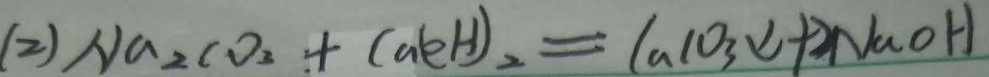
( 2 ) N a _ { 2 } C O _ { 3 } + C a ( O H ) _ { 2 } = C a C O _ { 3 } \downarrow + 2 N a O H